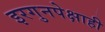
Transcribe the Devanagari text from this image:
इरगुनपेक्षाही